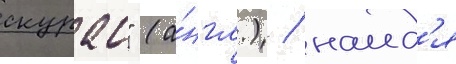
скурас" (а́нгл.) / наид'я